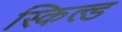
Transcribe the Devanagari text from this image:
स्किल्ड